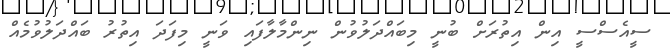
ސީއެސްސީ އިން އިތުރަށް ބުނީ މިބައްދަލުވުން ނިންމާލާފައި ވަނީ މިފަދަ އިތުރު ބައްދަލުވުމެއް